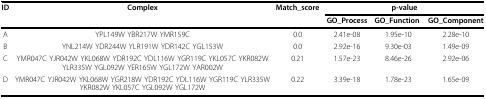
<table><thead><tr><td><b>ID</b></td><td><b>Complex</b></td><td><b>Match_score</b></td><td colspan="3"><b>p-value</b></td></tr><tr><td></td><td></td><td></td><td><b>GO_Process </b></td><td><b>GO_Function </b></td><td><b>GO_Component</b></td></tr></thead><tbody><tr><td>A</td><td>YPL149W YBR217W YMR159C</td><td>0.0</td><td>2.41e-08</td><td>1.95e-10</td><td>2.28e-10</td></tr><tr><td>B</td><td>YNL214W YDR244W YLR191W YDR142C YGL153W</td><td>0.0</td><td>2.92e-16</td><td>9.30e-03</td><td>1.49e-09</td></tr><tr><td>C</td><td>YMR047C YJR042W YKL068W YDR192C YDL116W YGR119C YKL057C YKR082W YLR335W YGL092W YER165W YGL172W YAR002W</td><td>0.21</td><td>1.57e-23</td><td>8.46e-26</td><td>2.92e-06</td></tr><tr><td>D</td><td>YMR047C YJR042W YKL068W YGR218W YDR192C YDL116W YGR119C YLR335W YKR082W YKL057C YGL092W YGL172W</td><td>0.22</td><td>3.39e-18</td><td>1.78e-23</td><td>1.65e-09</td></tr></tbody></table>